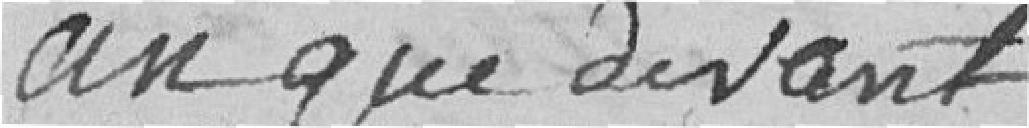
an que devant